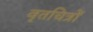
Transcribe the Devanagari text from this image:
वृतचित्रों